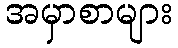
အမှာစာများ